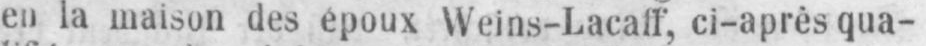
en la maison des époux Weins-Lacaff, ci-après qua-